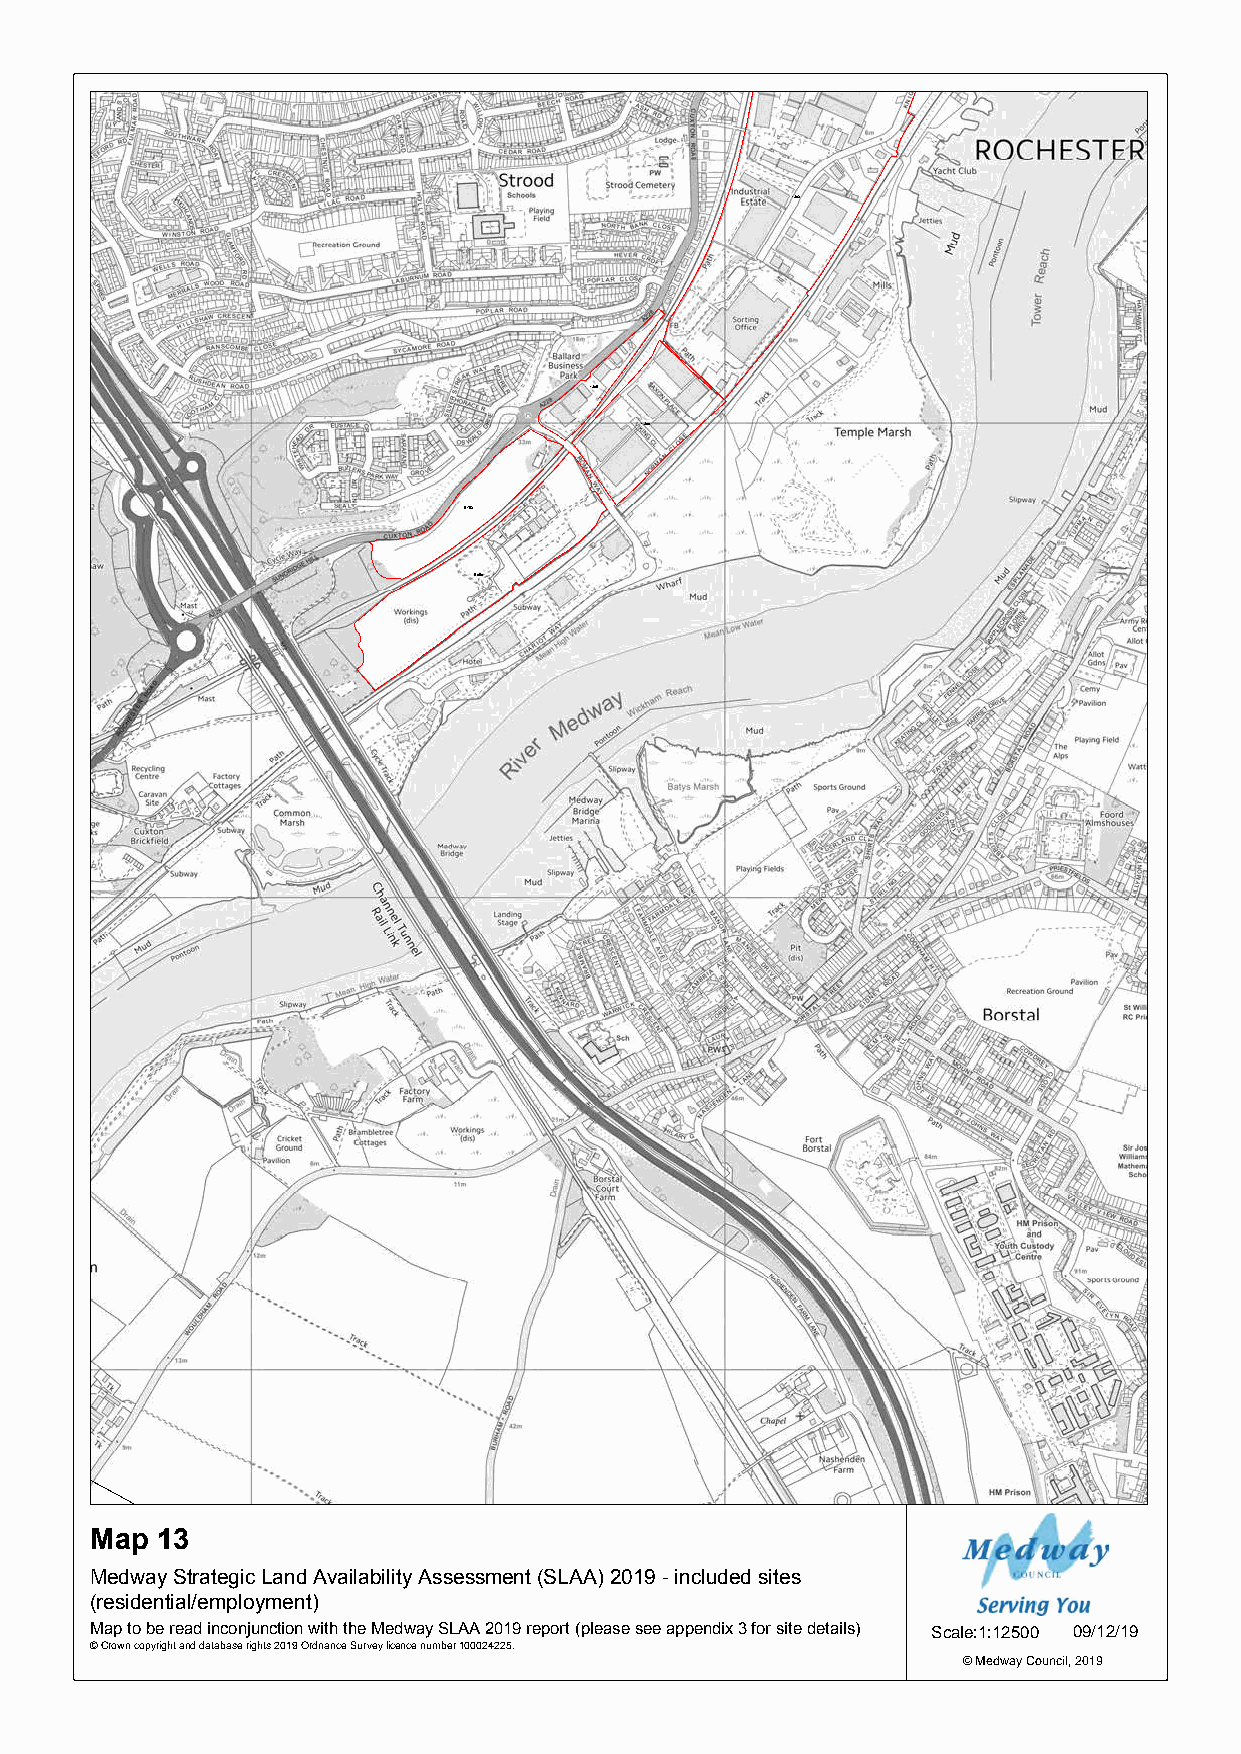
1365
 1360
 1366
 0705
 0686
 Map 13
 Medway Strategic Land Availability Assessment (SLAA) 2019 - included sites
 (residential/employment)
 Map to be read inconjunction with the Medway SLAA 2019 report (please see appendix 3 for site details) Scale:1:12500 09/12/19
 © Crown copyright and database rights 2019 Ordnance Survey licence number 100024225.
 © Medway Council, 2019